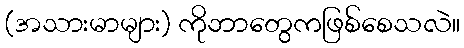
(အသားမာများ) ကိုဘာတွေကဖြစ်စေသလဲ။